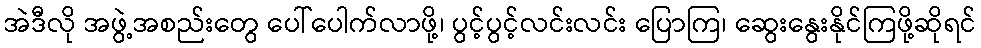
အဲဒီလို အဖွဲ့အစည်းတွေ ပေါ်ပေါက်လာဖို့၊ ပွင့်ပွင့်လင်းလင်း ပြောကြ၊ ဆွေးနွေးနိုင်ကြဖို့ဆိုရင်